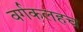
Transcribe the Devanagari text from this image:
वर्गकलहच